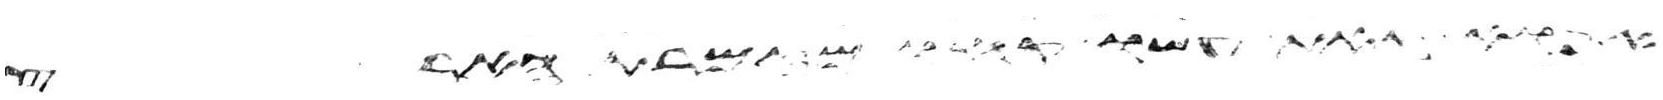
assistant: אפוא זאת עשו קחו מזמרת הארץ